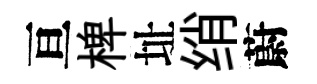
亘椑址绡蔚